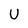
Character: U